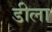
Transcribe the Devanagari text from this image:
डीला